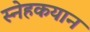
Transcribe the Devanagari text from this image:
स्नेहकयान